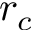
r _ { c }